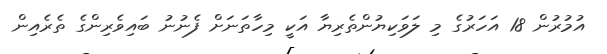
އުމުރުން 18 އަހަރުގެ މި ލަވަކިޔުންތެރިޔާ އަކީ މިހާތަނަށް ފެނުނު ބައިވެރިންގެ ތެރެއިން